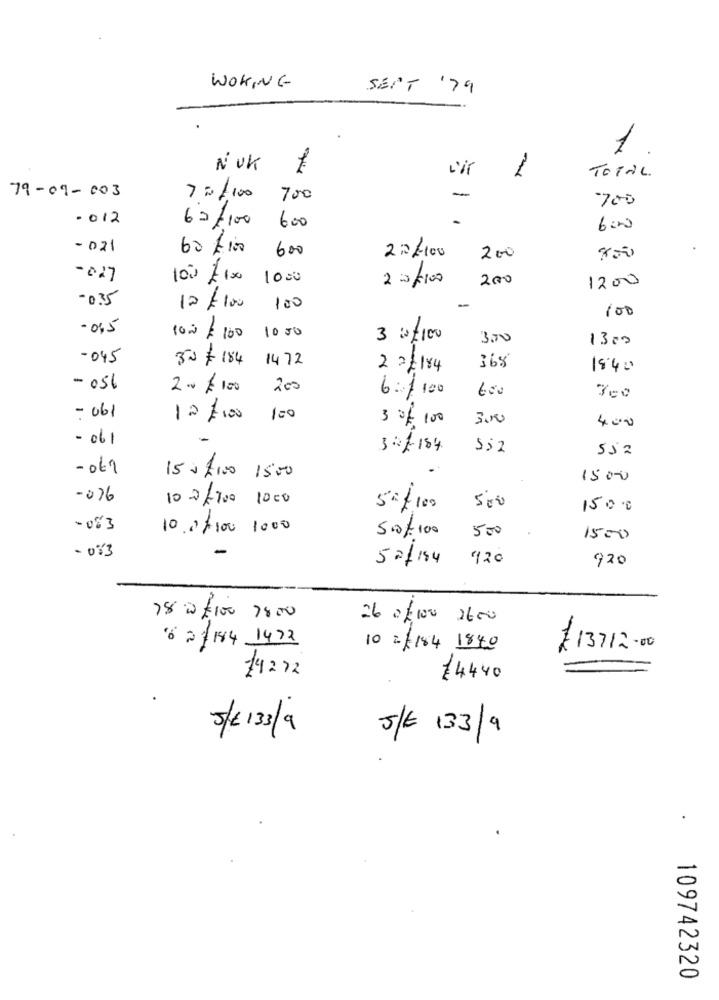
WOKING
SEPT '79
1
N'UK
TOTAL.
-
79-09-003
72/100
700
700
-012
62/100
600
6:00
- 021
60$100
600
22/-100
200
-027
10% £100
1000
22/100
200
1200
-0.35
12/ 100
100
-
100
-0,5
1000
10.0/ 100
3 0/100
300
1300
-045
30$ 184
1472
2 2/ 184
18.40
- 056
2.0 $100
200
6: / 100
600
- 061
12/ 100
3 € 100
3000
400
- 061
3/ 184
552
552
-061
15 + 4100 15:00
1500
-076
10 2/700 1000
500
1500
-083
10.0/100 1000
5.0/ 100
500
1500
- 083
-
5 2/ 184
'120
920
78 0£100 7800
26 0/100
6 21 184 1472
10= 1184 1840
¥13712-00
14272
74440
5/ 13/9
5/E 133/9
109742320